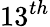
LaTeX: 13^{th}